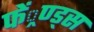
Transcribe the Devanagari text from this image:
फें्रण्ड्स